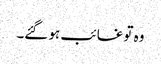
وہ تو غائب ہو گئے۔